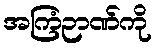
အကြံဉာဏ်ကို